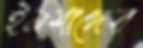
ইনশাদের